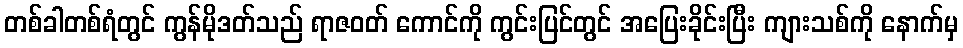
တစ်ခါတစ်ရံတွင် ကွန်မိုဒတ်သည် ရာဇဝတ် ကောင်ကို ကွင်းပြင်တွင် အပြေးခိုင်းပြီး ကျားသစ်ကို နောက်မှ